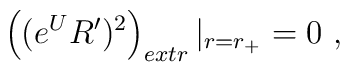
\left((e^{U} R')^2\right)_{extr}|_{r=r_+}= 0 \ ,